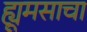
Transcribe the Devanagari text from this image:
ह्यूमसाचा